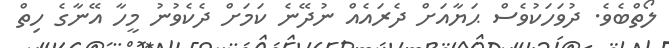
ލޯތްބެވެ. ދުވަހަކުވެސް ޙަޔާއަށް ދެރައެއް ނުދޭނެ ކަމަށް ދެކެވުނު މީހާ އޭނާގެ ހިތް